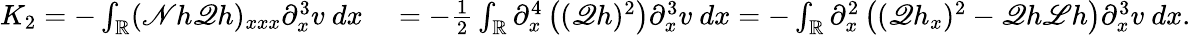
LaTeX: \begin{array}{rl}{K_{2}=-\int_{\mathbb R}(\mathscr{N}h\mathscr{Q}h)_{xxx}\partial_{x}^{3}v\ dx}&{{}=-\frac{1}{2}\int_{\mathbb R}\partial_{x}^{4}\left((\mathscr{Q}h)^{2}\right)\partial_{x}^{3}v\ dx=-\int_{\mathbb R}\partial_{x}^{2}\left((\mathscr{Q}h_{x})^{2}-\mathscr{Q}h\mathscr{L}h\right)\partial_{x}^{3}v\ dx.}\end{array}